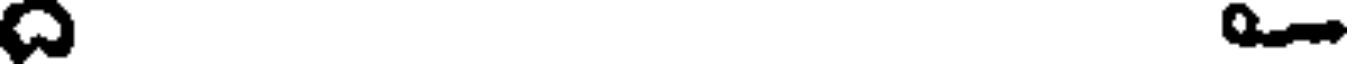
ద